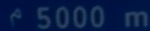
^{\circ}5000\